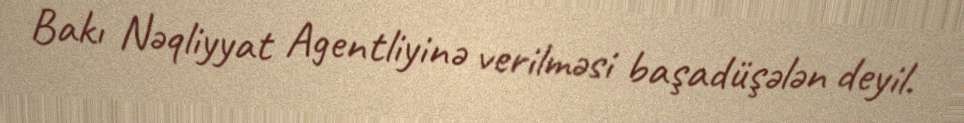
Bakı Nəqliyyat Agentliyinə verilməsi başadüşələn deyil.